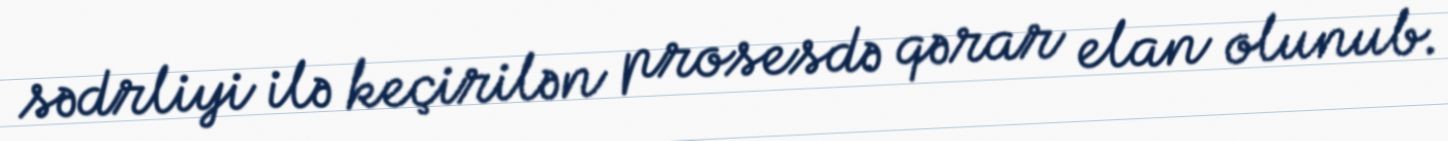
sədrliyi ilə keçirilən prosesdə qərar elan olunub.